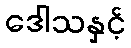
ဒေါသနှင့်